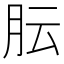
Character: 𬁴